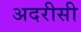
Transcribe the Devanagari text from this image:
अदरीसी